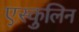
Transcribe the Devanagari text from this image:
एस्कुलिन